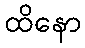
ထိနော